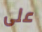
على